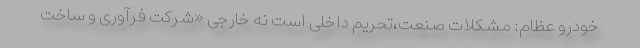
خودرو عظام: مشکلات صنعت،تحریم داخلی است نه خارجی «شرکت فرآوری و ساخت